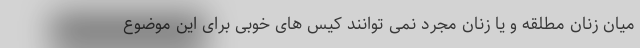
میان زنان مطلقه و یا زنان مجرد نمی توانند کیس های خوبی برای این موضوع